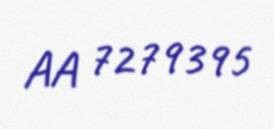
AA 7279395